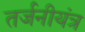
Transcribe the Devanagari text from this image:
तर्जनीयंत्र